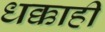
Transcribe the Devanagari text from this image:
धक्काही